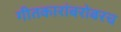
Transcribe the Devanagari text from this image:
गीतकारांबरोबरच